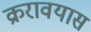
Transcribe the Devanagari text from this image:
क्ररावयास